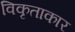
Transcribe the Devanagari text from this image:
विकृताकार